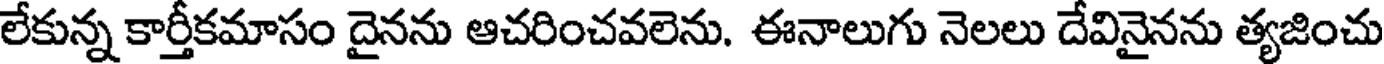
లేకున్న కార్తీకమాసం దైనను ఆచరించవలెను. ఈనాలుగు నెలలు దేవినైనను త్యజించు